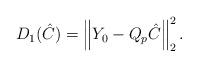
LaTeX: \begin{align*}D_1(\hat C)=\left\|Y_0-Q_p\hat C\right\|_2^2.\end{align*}